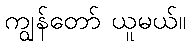
ကျွန်တော် ယူမယ်။